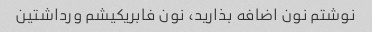
نوشتم نون اضافه بذارید، نون فابریکیشم ورداشتین